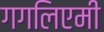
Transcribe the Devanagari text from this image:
गगलिएमी